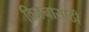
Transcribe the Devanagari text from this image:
विजनासाठी